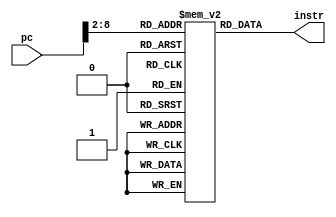
module rom (
    input[31:0] pc,
    output[31:0] instr
  );

  reg [31:0] memory[64:0];

  assign instr = memory[pc>>2];
  // , pc 8 ,8(8)
  // >>2 ,2,word
  // |  0  |  1 |  2 |  3 |
  // |  4  |  5 |  6 |  7 |
  // |  8  |  9 |  10 |  11 |
  //  , | * | 8,4,32,8
  // 4,,pc>>2,(,)
  // ,pc8,,9(9>>2 == 2)8.

  initial
  begin
    // Example program:

    // NOP (ADD x0, x0, 0)
    memory[0] = 32'h00000013;

    //LUI x4, 0x12345 ()
    memory[1] = 32'h00123237;

    //AUIPC x2, PC==8, 0 ( PC + 0) pc ==12
    memory[2] = 32'h00000117;
    // nop

    // jal x1, -0x16 (12 offset= +8 == 20)
    //  memory[5] nop,
    // memory[5]20 pc x2

    // jal imm,
    //  16F 01 0 1101111.  01 0x2,1101111jal
    // 0 0800   00imm, 08,+8
    //
    memory[3] = 32'h0080016F;

    // NOP (ADD x0, x0, 0)
    memory[4] = 32'h00000013;

    // addi (ADDi x2, x2, 8)
    memory[5] = 32'h00810113;

    // addi (ADDi x2, x2, 8)
    memory[6] = 32'h00810113;

    // jalr x2 8 x2
    memory[7] = 32'h00810167;

    // NOP (ADD x0, x0, 0)
    memory[8] = 32'h00000013;

    // NOP (ADD x0, x0, 0)
    memory[9] = 32'h00000013;

    // beq x4 x4  8
    memory[10] = 32'h00420463;
    // memory[10] = 32'h00411463; //BNE x2 x4
    // memory[10] = 32'h00414463; //BLT x2 x4
    // memory[10] = 32'h00225463; //BGE x4 x2

    // // addi (ADDi x2, x2, 8)
    // memory[10] = 32'h8FF10113;
    // // memory[11] = 32'h00226463; //BLTU x4 x2
    // memory[11] = 32'h00417463; //BGEU x4 x2

    // // NOP (ADD x0, x0, 0)
    // memory[12] = 32'h00000013;

    // // lb
    // memory[13] = 32'h00000013;

    // NOP (ADD x0, x0, 0)
    memory[11] = 32'h00000013;

    // // addi (ADDi x2, x0, 8)
    memory[12] = 32'h00200113;

    // lb x4 rom[2+x2]
    // memory[13] = 32'h00210203;
    // lh x4 rom[2+x2]
    // memory[13] = 32'h00211203;
    // lw x4 rom[2+x2]
    // memory[13] = 32'h00212203;
    // lbu x4 rom[2+x2]
    // memory[13] = 32'h00214203;
    // lhu x4 rom[2+x2]
    memory[13] = 32'h00215203;


    // // sb x4 rom[2+x2]
    // memory[14] = 32'h00410123;

    // sh x2 rom[2+x2]
    // memory[14] = 32'h00211123;

    // sw x2 rom[2+x2]
    memory[14] = 32'h00212123;

    //addi x2 8
    memory[15] = 32'h00800113;

    //slti x4 x2(8) 9
    memory[16] = 32'h80912213;

    //sltiu x4 x2(8) -1
    memory[17] = 32'h80013213;

    //xori x4 x2(8) 8ffffff
    memory[18] = 32'h8FF14213;

    //ori x4 x2(8) 8fffffff
    memory[19] = 32'h8FF16213;

    //andi x4 x2(8) 8fffffff
    memory[20] = 32'h8FF17213;

    //slli x4 x2(4) << 4
    memory[21] = 32'h00411213;

    //srli x4 x2(8) >> 3
    memory[22] = 32'h00315213;

    //srai x4 x2(8) >> 3
    memory[23] = 32'h40115213;

    //add x2 x4 x6
    memory[24] = 32'h00220333;

    //sub x4 x2 x6
    memory[25] = 32'h40410333;

    //sll x4 x2 x6
    memory[26] = 32'h00411333;

    //slt x2 x4 x6
    memory[27] = 32'h00222333;

    //addi x2 -1
    memory[28] = 32'h80000113;

    //sltu x2 x4 x6
    memory[29] = 32'h00223333;

    //addi x2 F
    memory[30] = 32'h00F00113;

    //xor x2 x4 x6
    memory[31] = 32'h00224333;

    //addi x2 1
    memory[32] = 32'h00100113;

    //srl x2 x4 x6
    memory[33] = 32'h00225333;

    //addi x2 -1
    memory[34] = 32'h80100113;

    //sra x2 x4 x6
    memory[35] = 32'h40225333;

    //or x2 x4 x6
    memory[36] = 32'h40225333;

    // //addi x2 1
    // memory[36] = 32'h00225333;

    //and x2 x4 x6
    memory[37] = 32'h00227333;








    // finish:
    // memory[12] = 32'h00000013; // nop (add x0 x0 0)


    // $readmemh("command.txt",memory);
  end

endmodule